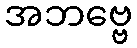
အဘဗ္ဗေ